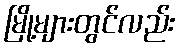
မြို့များတွင်လည်း